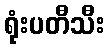
ရုံးပတီသီး